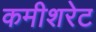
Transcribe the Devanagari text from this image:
कमीशरेट